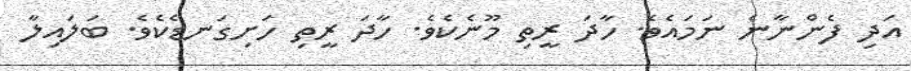
އަދި ފެންނާނެ ނަމައެވެ. ހާދަ ރީތި މޫނެކެވެ. ހާދަ ރީތި ހަށިގަނޑެކެވެ. ބަލައިލާ